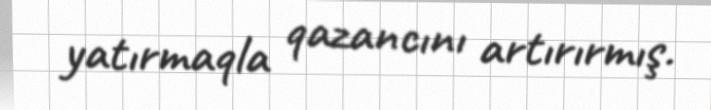
yatırmaqla qazancını artırırmış.